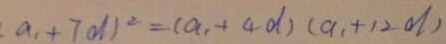
a _ { 1 } + 7 d ) ^ { 2 } = ( a _ { 1 } + 4 d ) ( a _ { 1 } + 1 2 d )